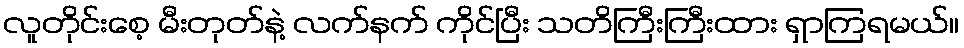
လူတိုင်းစေ့ မီးတုတ်နဲ့ လက်နက် ကိုင်ပြီး သတိကြီးကြီးထား ရှာကြရမယ်။